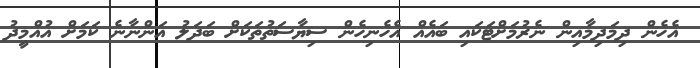
އެހެން ދިމަދިމާއިން ނެރުމަށްޓަކައި ބައެއް އެހެނިހެން ސިޔާސަތުތަކަށް ބަދަލު އަންނާނެ ކަމަށް އުއްމީދު